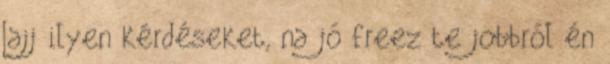
Jajj ilyen kérdéseket, na jó freez te jobbról én